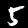
Label: 5